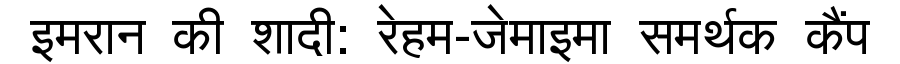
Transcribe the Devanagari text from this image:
इमरान की शादी: रेहम-जेमाइमा समर्थक कैंप